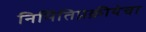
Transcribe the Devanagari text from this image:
निर्मितिप्रक्रीयेचा